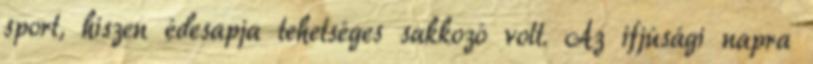
sport, hiszen édesapja tehetséges sakkozó volt. Az ifjúsági napra